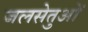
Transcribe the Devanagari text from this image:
जलसेतुओं